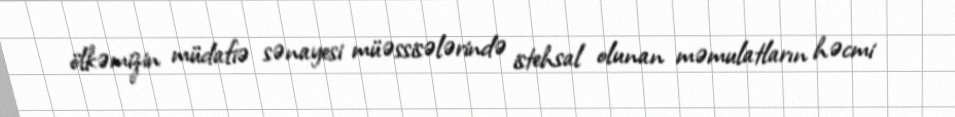
ölkəmizin müdafiə sənayesi müəssisələrində istehsal olunan məmulatların həcmi